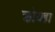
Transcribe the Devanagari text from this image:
क्रोधहा